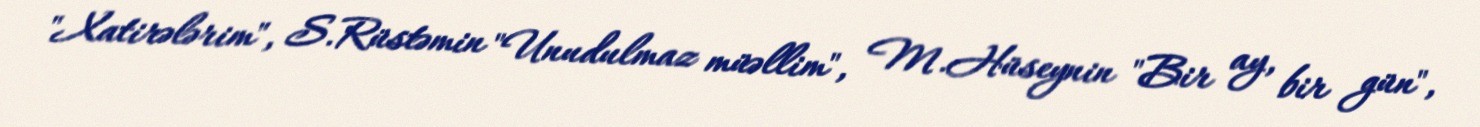
"Xatirələrim", S.Rüstəmin "Unudulmaz müəllim", M.Hüseynin "Bir ay, bir gün",